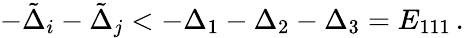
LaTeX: \begin{array}{r}{-\tilde{\Delta}_{i}-\tilde{\Delta}_{j}<-\Delta_{1}-\Delta_{2}-\Delta_{3}=E_{111}\, .}\end{array}